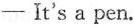
-It's a pen.